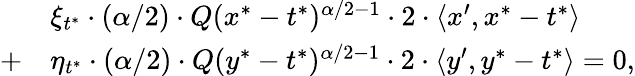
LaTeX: \begin{array}{rl}&{\xi_{t^{*}}\cdot(\alpha/2)\cdot Q(x^{*}-t^{*})^{\alpha/2-1}\cdot 2\cdot\langle x^{\prime},x^{*}-t^{*}\rangle}\\ {+}&{\eta_{t^{*}}\cdot(\alpha/2)\cdot Q(y^{*}-t^{*})^{\alpha/2-1}\cdot 2\cdot\langle y^{\prime},y^{*}-t^{*}\rangle=0,}\end{array}